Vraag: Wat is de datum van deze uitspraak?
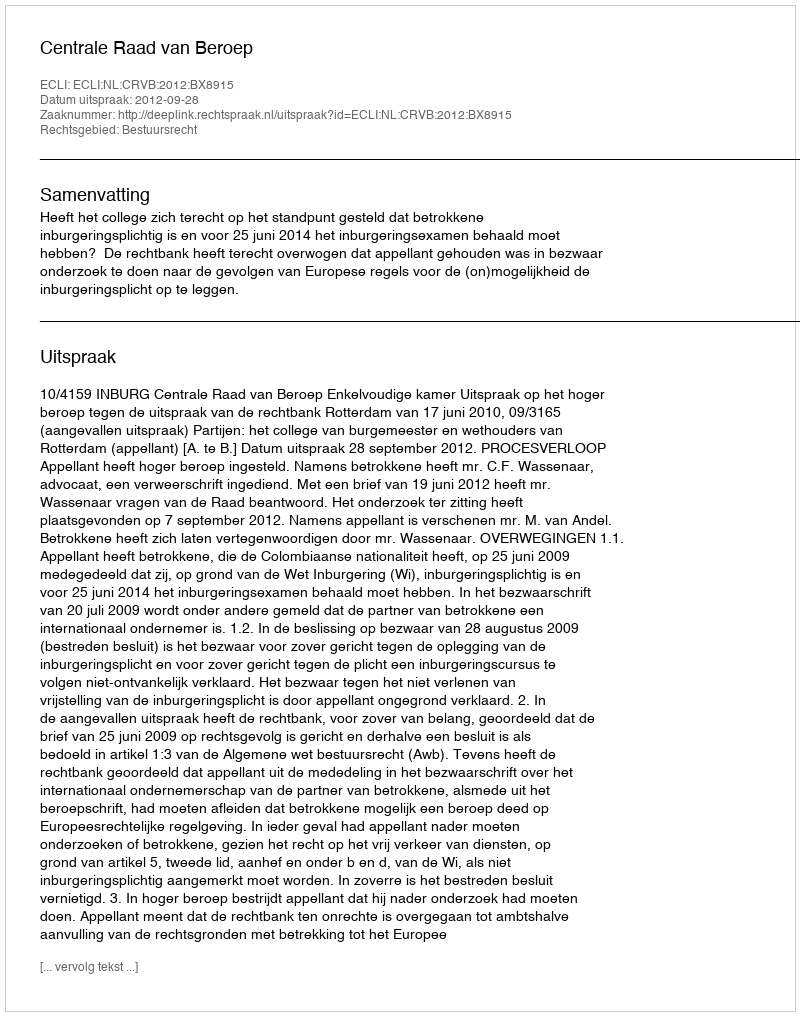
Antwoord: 2012-09-28